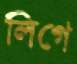
লিগে